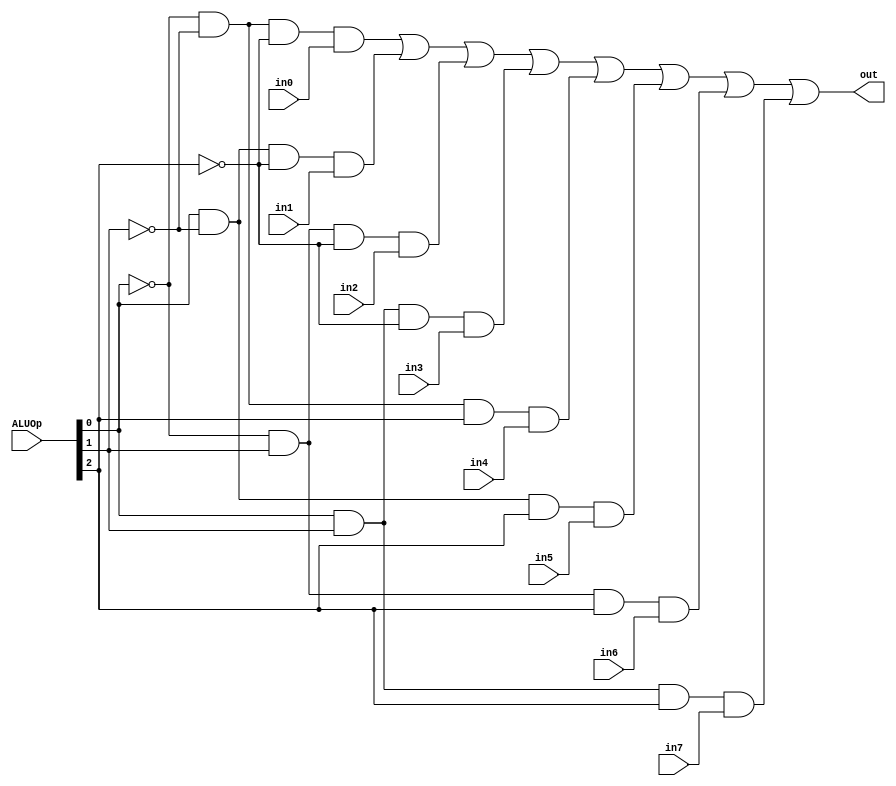
module MUX_8_1(out, ALUOp, in0, in1, in2, in3, in4, in5, in6, in7);
	output out;
	input [2:0] ALUOp;
	input in0, in1, in2, in3, in4, in5, in6, in7;
	
	wire not_ALUOp_0, not_ALUOp_1, not_ALUOp_2;
	wire w_and0, w_and1, w_and2, w_and3, w_and4, w_and5, w_and6, w_and7;
	
	not	not0		(not_ALUOp_0, ALUOp[0]);
	not	not1		(not_ALUOp_1, ALUOp[1]);
	not	not2		(not_ALUOp_2, ALUOp[2]);
	
	and	and0		(w_and0, not_ALUOp_0, not_ALUOp_1, not_ALUOp_2, in0);
	and	and1		(w_and1, ALUOp[0],    not_ALUOp_1, not_ALUOp_2, in1);
	and	and2		(w_and2, not_ALUOp_0, ALUOp[1],    not_ALUOp_2, in2);
	and	and3		(w_and3, ALUOp[0],    ALUOp[1],    not_ALUOp_2, in3);
	and	and4		(w_and4, not_ALUOp_0, not_ALUOp_1, ALUOp[2],    in4);
	and	and5		(w_and5, ALUOp[0],    not_ALUOp_1, ALUOp[2],    in5);
	and	and6		(w_and6, not_ALUOp_0, ALUOp[1],    ALUOp[2],    in6);
	and	and7		(w_and7, ALUOp[0],    ALUOp[1],    ALUOp[2],    in7);
	
	or		or0		(out, w_and0, w_and1, w_and2, w_and3, w_and4, w_and5, w_and6, w_and7);

endmodule